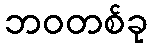
ဘဝတစ်ခု